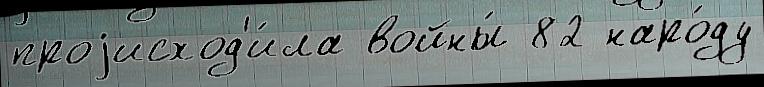
проjисход'и́ла войны́ 82 наро́ду